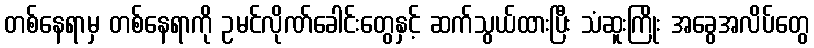
တစ်နေရာမှ တစ်နေရာကို ဥမင်လိုဏ်ခေါင်းတွေနှင့် ဆက်သွယ်ထားပြီး သံဆူးကြိုး အခွေအလိပ်တွေ